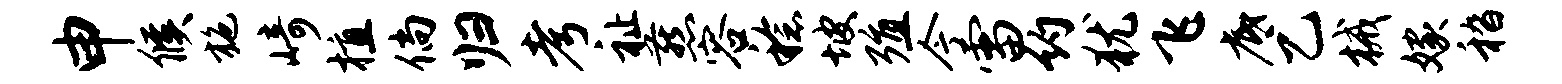
申候施崎植倘归考祉燕容稔坡殖今雷约犹飞底乙械嫁嵇